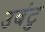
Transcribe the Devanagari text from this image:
उबंटु